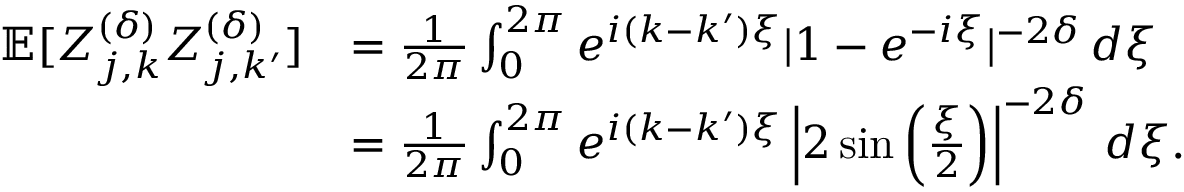
\begin{array} { r l } { \mathbb { E } [ Z _ { j , k } ^ { ( \delta ) } Z _ { j , k ^ { \prime } } ^ { ( \delta ) } ] } & { = \frac { 1 } { 2 \pi } \int _ { 0 } ^ { 2 \pi } e ^ { i ( k - k ^ { \prime } ) \xi } | 1 - e ^ { - i \xi } | ^ { - 2 \delta } \, d \xi } \\ & { = \frac { 1 } { 2 \pi } \int _ { 0 } ^ { 2 \pi } e ^ { i ( k - k ^ { \prime } ) \xi } \left| 2 \sin \left( \frac { \xi } { 2 } \right) \right| ^ { - 2 \delta } \, d \xi . } \end{array}